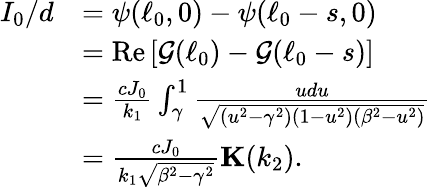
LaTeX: \begin{array}{rl}{I_{0}/d}&{=\psi(\ell_{0},0)-\psi(\ell_{0}-s,0)}\\ &{=\textrm{Re}\, [\mathcal{G}(\ell_{0})-\mathcal{G}(\ell_{0}-s)]}\\ &{=\frac{cJ_{0}}{k_{1}}\int_{\gamma}^{1}\frac{udu}{\sqrt{(u^{2}-\gamma^{2})(1-u^{2})(\beta^{2}-u^{2})}}}\\ &{=\frac{cJ_{0}}{k_{1}\sqrt{\beta^{2}-\gamma^{2}}}\textbf{K}(k_{2}).}\end{array}